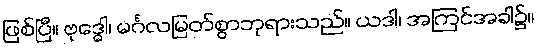
ဖြစ်ပြီ။ ဗုဒ္ဓေါ၊ မင်္ဂလမြတ်စွာဘုရားသည်။ ယဒါ၊ အကြင်အခါ၌။